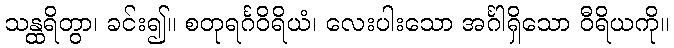
သန္ထရိတွာ၊ ခင်း၍။ စတုရင်္ဂဝိရိယံ၊ လေးပါးသော အင်္ဂါရှိသော ဝီရိယကို။